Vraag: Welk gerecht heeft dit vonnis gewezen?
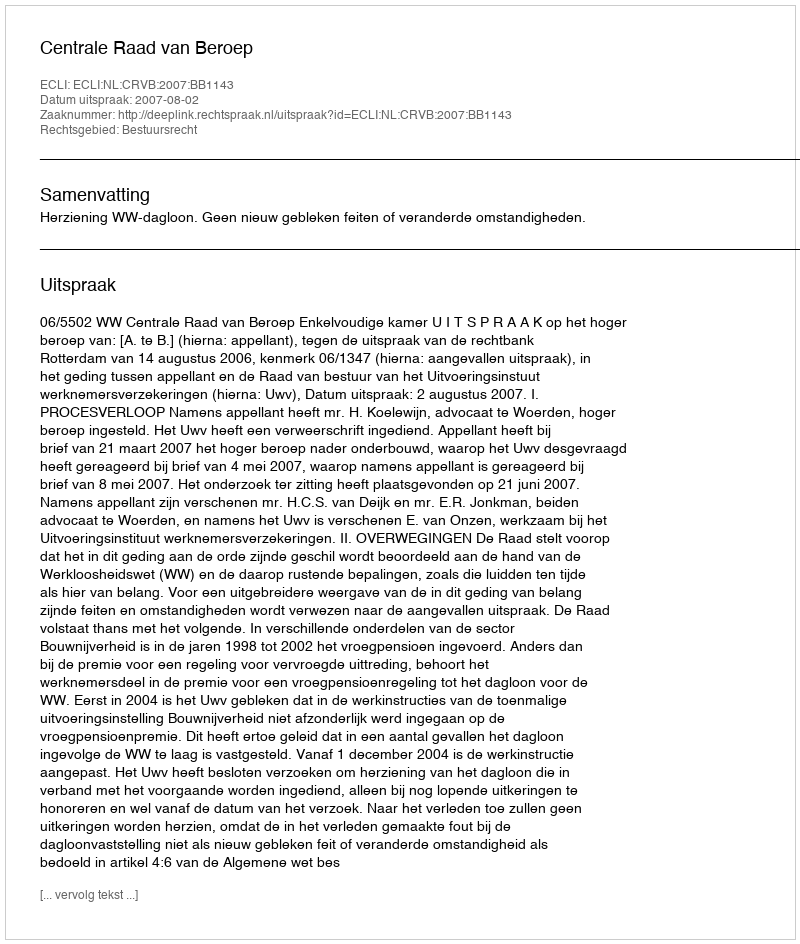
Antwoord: Centrale Raad van Beroep